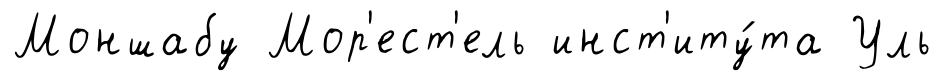
Моншабу Мор'ест'ель инст'иту́та Уль